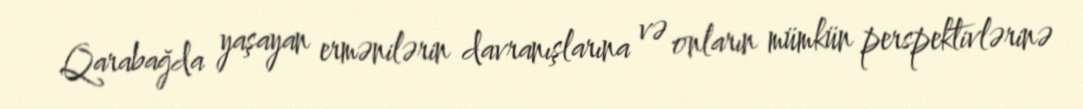
Qarabağda yaşayan ermənilərin davranışlarına və onların mümkün perspektivlərinə